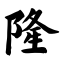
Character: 隆